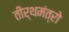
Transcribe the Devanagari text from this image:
तीर्थमंत्रो